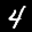
Label: 4